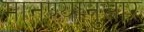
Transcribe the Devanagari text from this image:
मानण्यानुसार